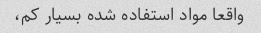
واقعا مواد استفاده شده بسیار کم،